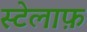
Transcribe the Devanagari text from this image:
स्टेलाफ़